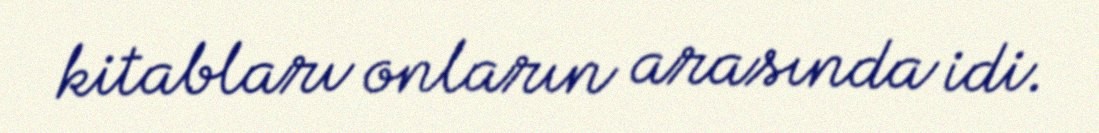
kitabları onların arasında idi.